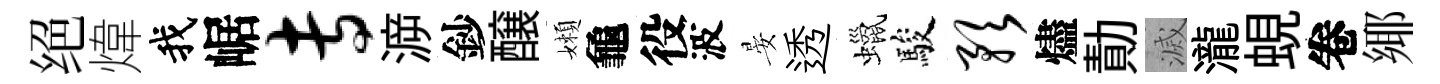
绝煒我崌专㴑鈔醸嬾龜役波晏透蠟駿预燼勣滅瀧蜆卷鄊